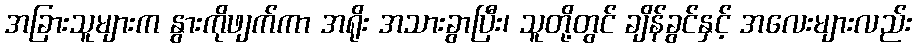
အခြားသူများက နွားကိုဖျက်ကာ အရိုး အသားခွာပြီး၊ သူတို့တွင် ချိန်ခွင်နှင့် အလေးများလည်း